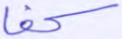
كف